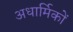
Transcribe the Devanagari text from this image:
अधार्मिकों